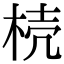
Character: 𣒆